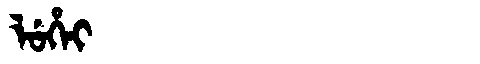
Manchu: ᠯᡠᡥᡝᡳ
Romanization: LUHEI